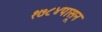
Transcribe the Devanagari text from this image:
१७८४पासून